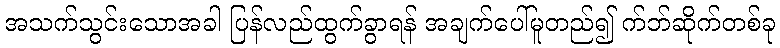
အသက်သွင်းသောအခါ ပြန်လည်ထွက်ခွာရန် အချက်ပေါ်မူတည်၍ က်ဘ်ဆိုက်တစ်ခု